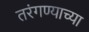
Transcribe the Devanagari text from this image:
तरंगण्याच्या